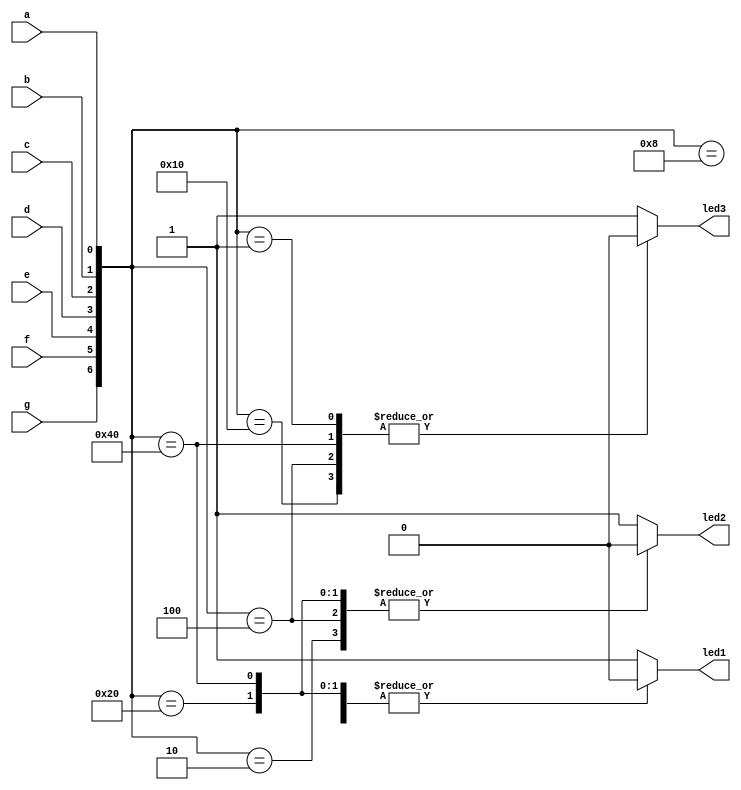
module project1(a,b,c,d,e,f,g,led1,led2,led3);
input a;
input b;
input c;
input d;
input e;
input f;
input g;
output led1;
output led2;
output led3;

reg led1,led2,led3;
wire a,b,c,d,e,f,g;

supply0 x;
supply1 z;

always @(a,b,c,d,e,f,g)
case({g,f,e,d,c,b,a})
7'b0000001:
begin
led1=z;
led2=z;
led3=x;
end

7'b0000010:
begin
led1=z;
led2=x;
led3=z;
end

7'b0000100:
begin
led1=z;
led2=x;
led3=x;
end

7'b0001000:
begin
led1=x;
led2=z;
led3=z;
end

7'b0010000:
begin
led1=x;
led2=z;
led3=x;
end

7'b0100000:
begin
led1=x;
led2=x;
led3=z;
end

7'b1000000:
begin
led1=x;
led2=x;
led3=x;
end

default 
begin
led1=z;
led2=z;
led3=z;
end

endcase
endmodule